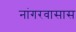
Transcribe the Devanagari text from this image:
नांगरवासास